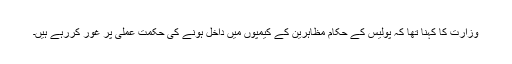
وزارت کا کہنا تھا کہ پولیس کے حکام مظاہرین کے کیمپوں میں داخل ہونے کی حکمت عملی پر غور کررہے ہیں۔